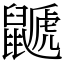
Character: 鼶